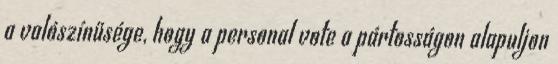
a valószínűsége, hogy a personal vote a pártosságon alapuljon